Document type: Dowry acquittance
Year: 1427
Scribe: Pere Tarafa
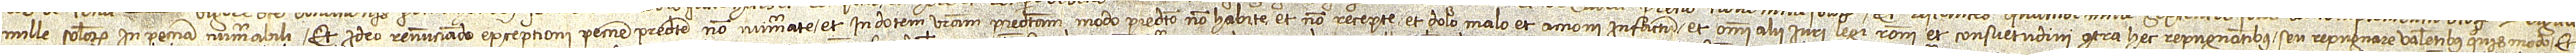
mille solidorum in peccunia numerabili. Et ideo renunciando excepcioni peccunie predicte non numerate et in dotem vestram predictam modo predicto non habite et non recepte, et dolo malo, et accioni infactum, et omni alii iuri, legi, rationi et consuetudini contra hec repugnantibus seu repugnare valentibus quis modo. Et